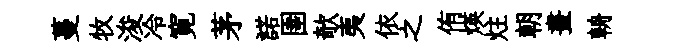
蔓牧浚冷寛茅諾圉欹夷依之侑煐炷朝晝輈